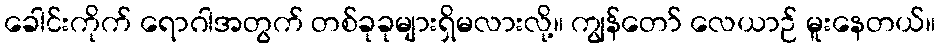
ခေါင်းကိုက် ရောဂါအတွက် တစ်ခုခုများရှိမလားလို့။ ကျွန်တော် လေယာဉ် မူးနေတယ်။